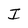
Character: I